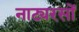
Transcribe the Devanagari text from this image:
नाट्यरसों